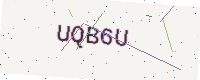
Text: UQB6U